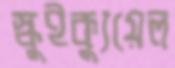
স্কুইক্যুয়েল